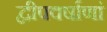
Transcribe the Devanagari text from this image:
द्वीपवर्षाणां